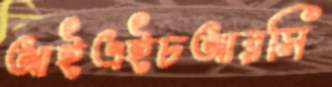
আইএইচআরসি